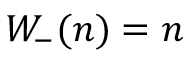
\begin{array} { r } { { W _ { - } } ( n ) = n } \end{array}